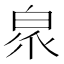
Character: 𭽖